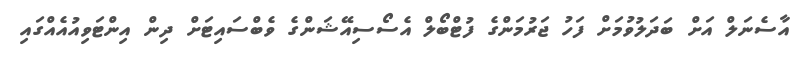
އާސެނަލް އަށް ބަދަލުވުމަށް ފަހު ޖަރުމަންގެ ފުޓްބޯލް އެސޯސިއޭޝަންގެ ވެބްސައިޓަށް ދިން އިންޓަވިއުއެއްގައި